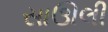
સાઊલી